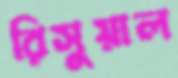
রিসুয়াল